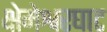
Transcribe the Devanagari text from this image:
क्षेमेश्वरघाट